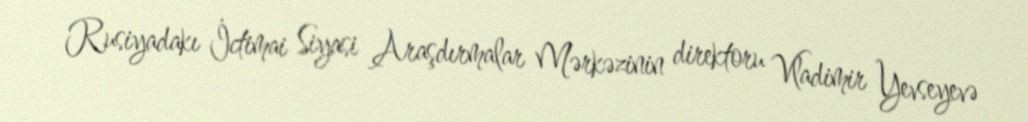
Rusiyadakı İctimai Siyasi Araşdırmalar Mərkəzinin direktoru Vladimir Yevseyevə